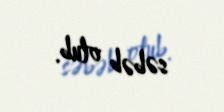
səbəb olub.